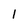
Character: l